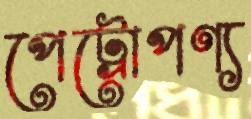
পেট্রোপণ্য